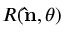
R ( \mathbf { \hat { n } } , \theta )